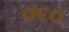
૦૬૦